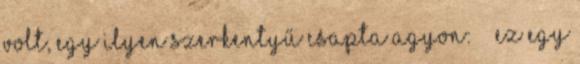
volt, egy ilyen szerkentyű csapta agyon: ” „Ez egy